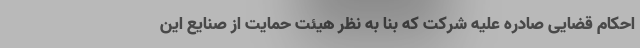
احکام قضایی صادره علیه شرکت که بنا به نظر هیئت حمایت از صنایع این